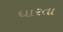
ધારતા